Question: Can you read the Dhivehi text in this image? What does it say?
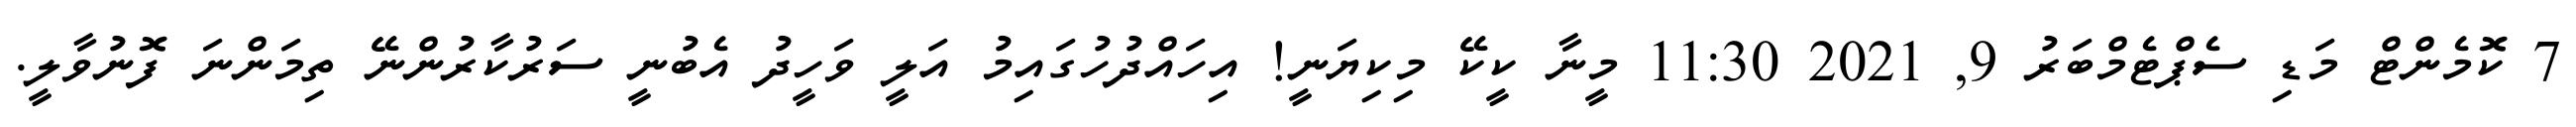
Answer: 7 ކޮމެންޓް މަޑި ސެޕްޓެމްބަރު 9, 2021 11:30 މީނާ ކީކޭ މިކިޔަނީ! އިހައްދުހުގައިމު އަލީ ވަހީދު އެބުނީ ސަރުކާރުންނޭ ތިމަންނަ ފޮނުވާލީ.